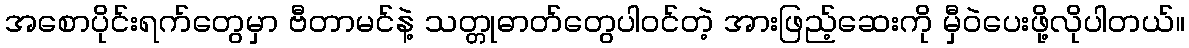
အစောပိုင်းရက်တွေမှာ ဗီတာမင်နဲ့ သတ္တုဓာတ်တွေပါဝင်တဲ့ အားဖြည့်ဆေးကို မှီဝဲပေးဖို့လိုပါတယ်။